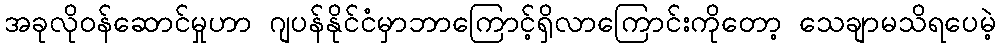
အခုလိုဝန်ဆောင်မှုဟာ ဂျပန်နိုင်ငံမှာဘာကြောင့်ရှိလာကြောင်းကိုတော့ သေချာမသိရပေမဲ့